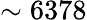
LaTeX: \sim 6378